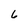
Character: 6